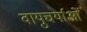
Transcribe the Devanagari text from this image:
वायुचर्याओं